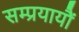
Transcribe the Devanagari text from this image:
सम्प्रयायौं